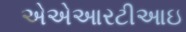
એએઆરટીઆઇ